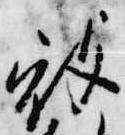
被